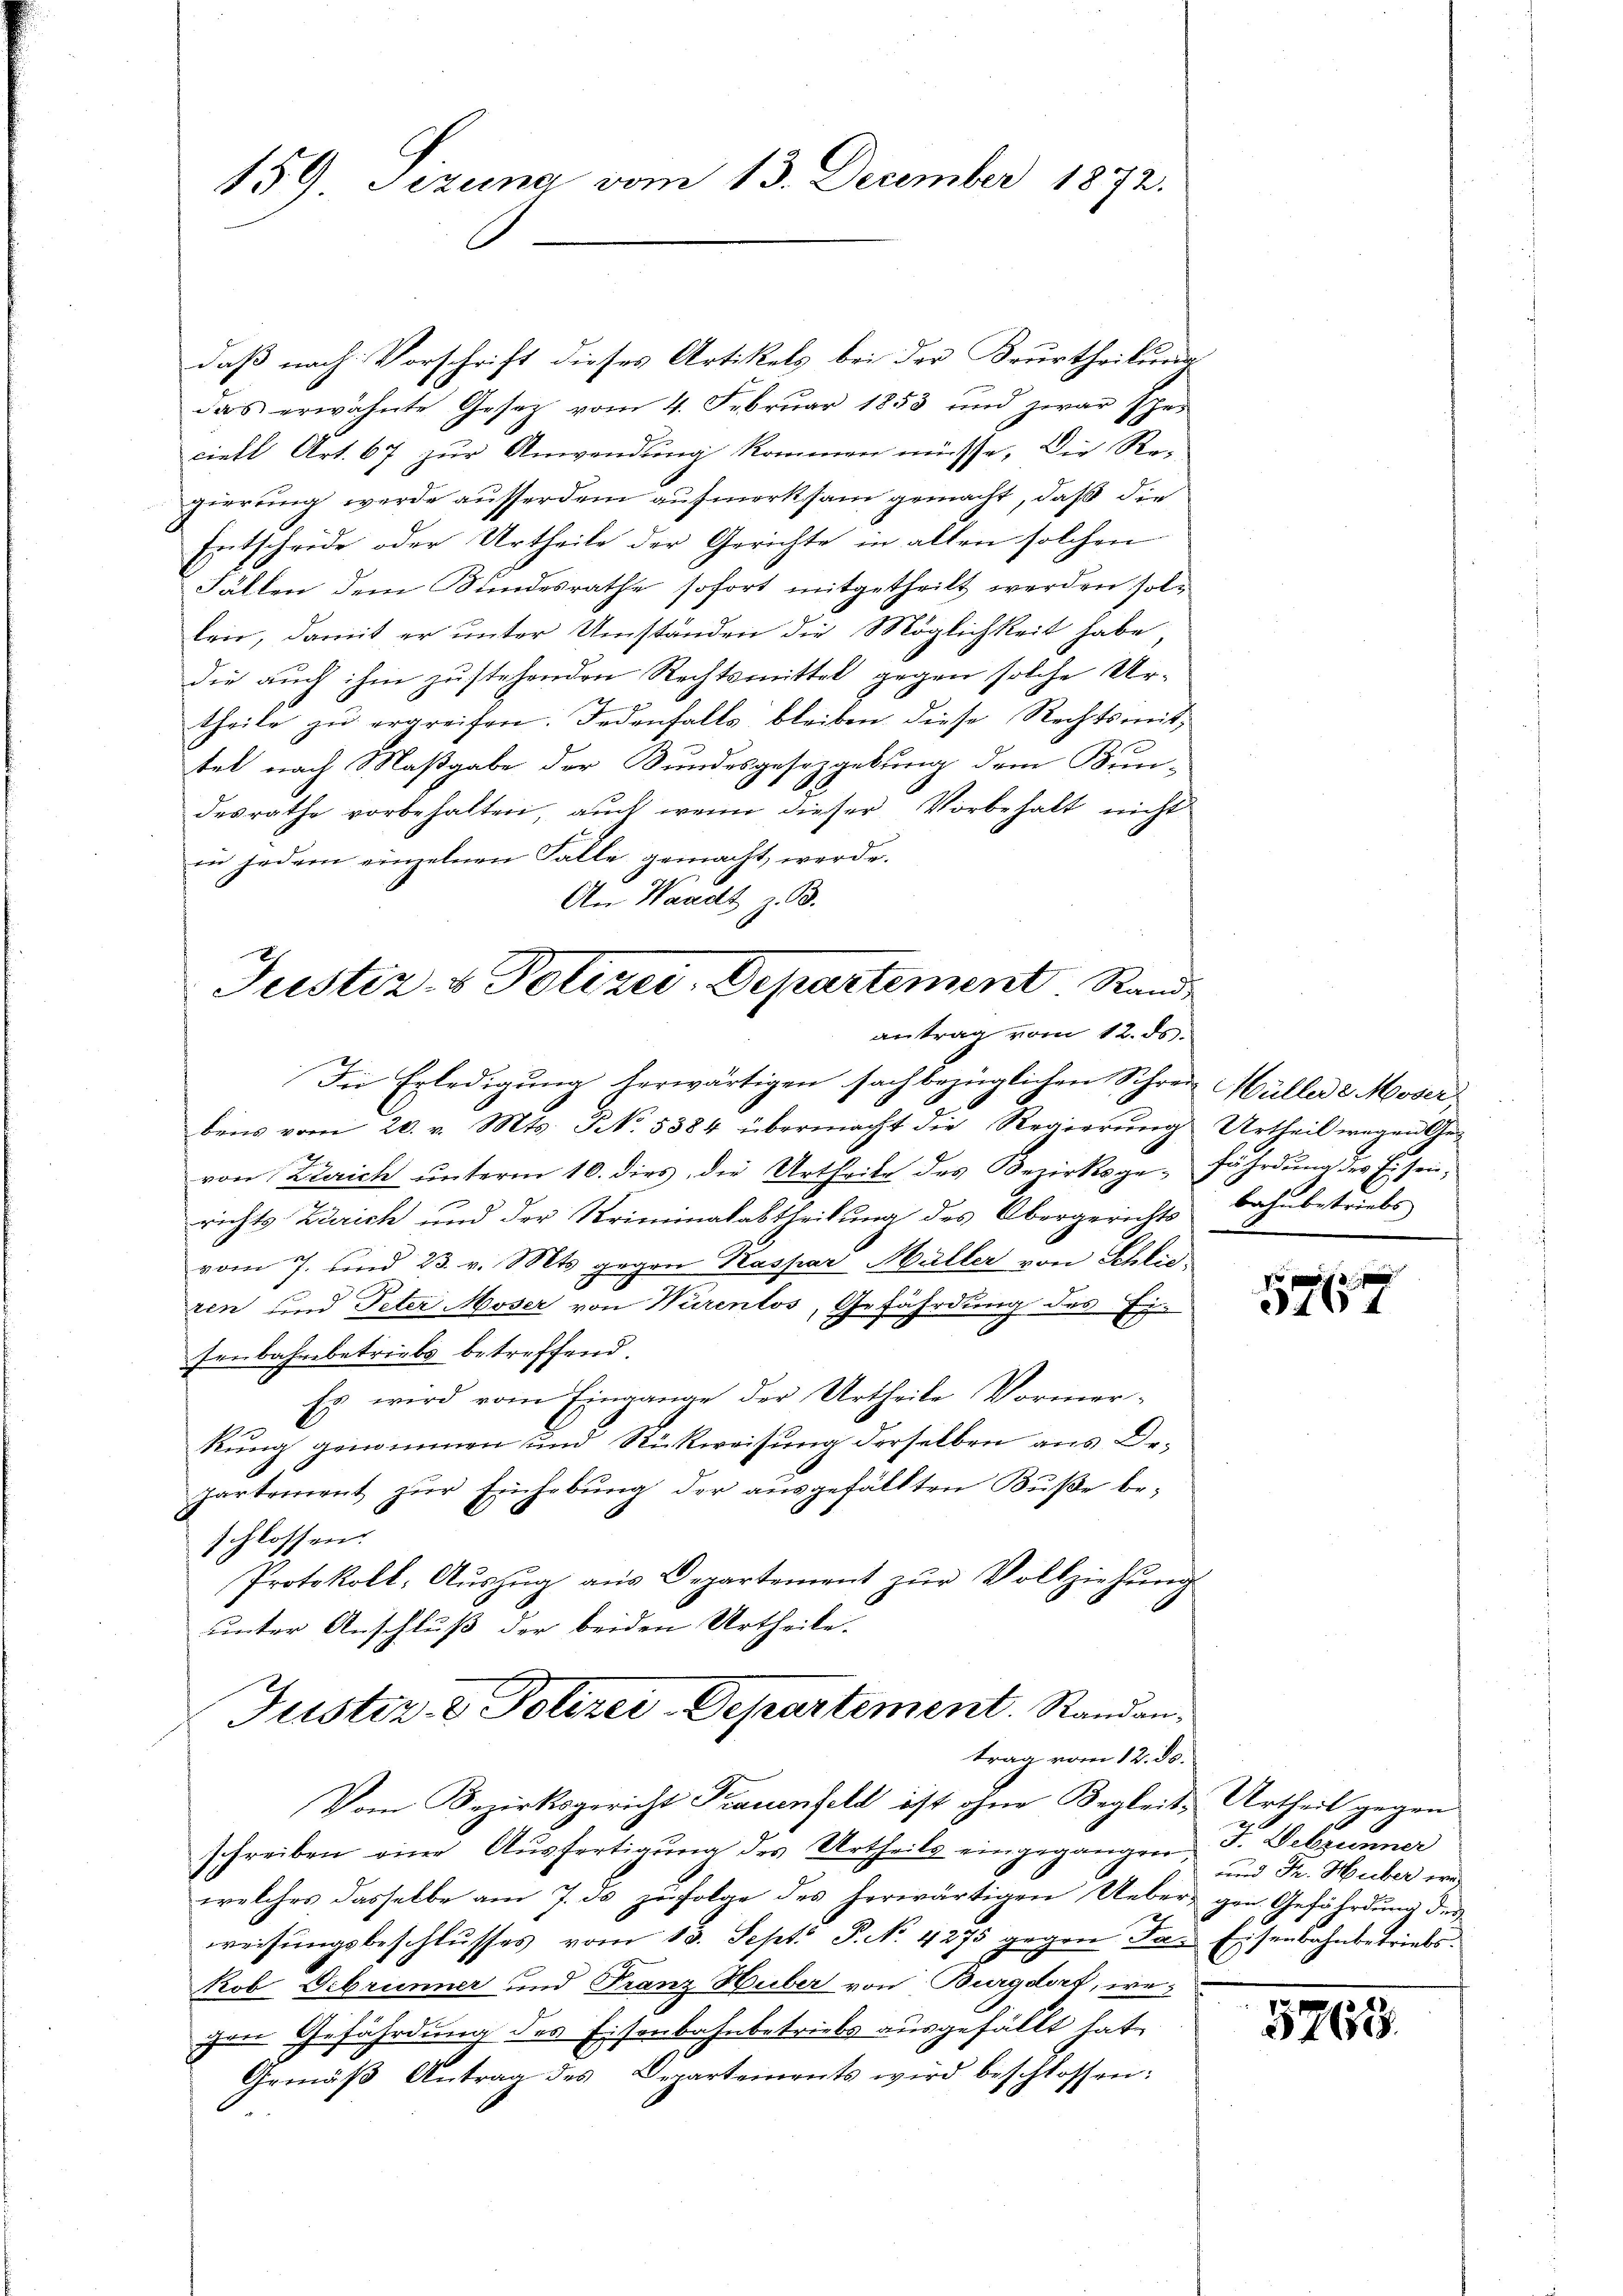
159 Sezena vom 13. December 1872.

daß nach Vorschrift dieses Artikels bei der Krurtheilung
das erwähnte Gesetz vom 4. Febrŭar 1853 und zwar sper
ciell Art. 67 zur Anwendung kommen müsse. Die Regierung werde ausserdem aufmerksam gemacht, daß die
Entschröde oder Urtheile der Gerichte in allen solcher
Fällen dem Bundesrathe sofort mitgetheilt werden sollei, damit er ŭnter Umständen die Möglichkeit habe,
die auch ihm zustehenden Rechtsmittel gegen solche Urtheile zu ergreifen. Jedenfalls bleiben diese Rechtsmit-
tel nach Maßgabe der Bundesgesetzgebung dem Bun-
desrathe vorbehalten, auch wenn dieser Vorbehalt nicht
in jedem einzelnen Falle gemacht werde.
An Waadt z. B.

Justiz- & Polizei-Departement Rande
antrag vom 12. ds.
Die Erledigung herwärtigen sachbezüglichen Schrei Müller 2 Moser,

bens vom 20. v. Mts. No. 5384 übermacht die Regierŭng Urtheil wegen Ge-
von Zürich unterm 10. dies, die Urtheile des Bezirksgefährdung des Eisenrichts Zürich und der Kriminalabtheilung des Übergerichts bahnbetriebe
vom 7. und 23. v. Mts. gegen Kaspar Maller von Schlie
zen und Peter Moser von Würenlos, Gefährdung des Eisenbahnbetriebs betreffend.
Es wird vom Eingange der Urtheile Vormer-
A
Rung genommen und Rückweisung derselben aus De-
partement zŭr Einhebŭng der aŭsgefällten Bŭβe be-
schlossen.
Protokoll, Aŭszŭg aŭs Departement zŭr Vollziehŭng
unter Anschluß der beiden Urtheile.
Justiz- & Polizei-Departement. Randantrag vom 12. ds.
Vom Bezirksgericht Frauenfeld ist ohne Begleit Urtheil gegen
schreiben eine Aŭsfertigŭng des Urtheils eingegangen J. Welzunner
welches dasselbe am 7. ds zufolge des herwärtigen Ueber, gen. Gefährdung des
weisungsbeschlusses vom 13. Sept. P. No. 4275 gegen das Eisenbahnbetriebs
kob Vibrunner und Franz Huber von Burgdort, wechen Gefährdung des Eisenbahnbetriebs ausgefällt hat,
Gemäβ Antrag des Departements wird beschlossen:
.

und Dr. Huber we

0
4

5765.